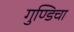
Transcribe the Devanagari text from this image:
गुण्डिचा